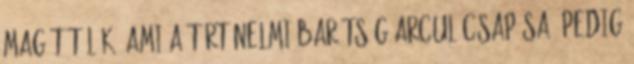
magát tőlük, ami a történelmi barátság arcul csapása. Pedig